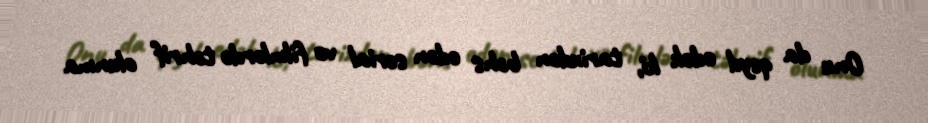
Onu da qeyd edək ki, tarixdən bəhs edən serial və filmlərdə təhrif olunma